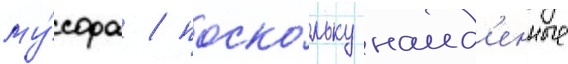
му́сора / поско́льку наид'енные